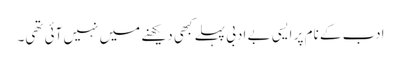
ادب کے نام پر ایسی بے ادبی پہلے کبھی دیکھنے میں نہیں آئی تھی۔